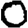
Digit: 0